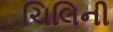
ચિલિની